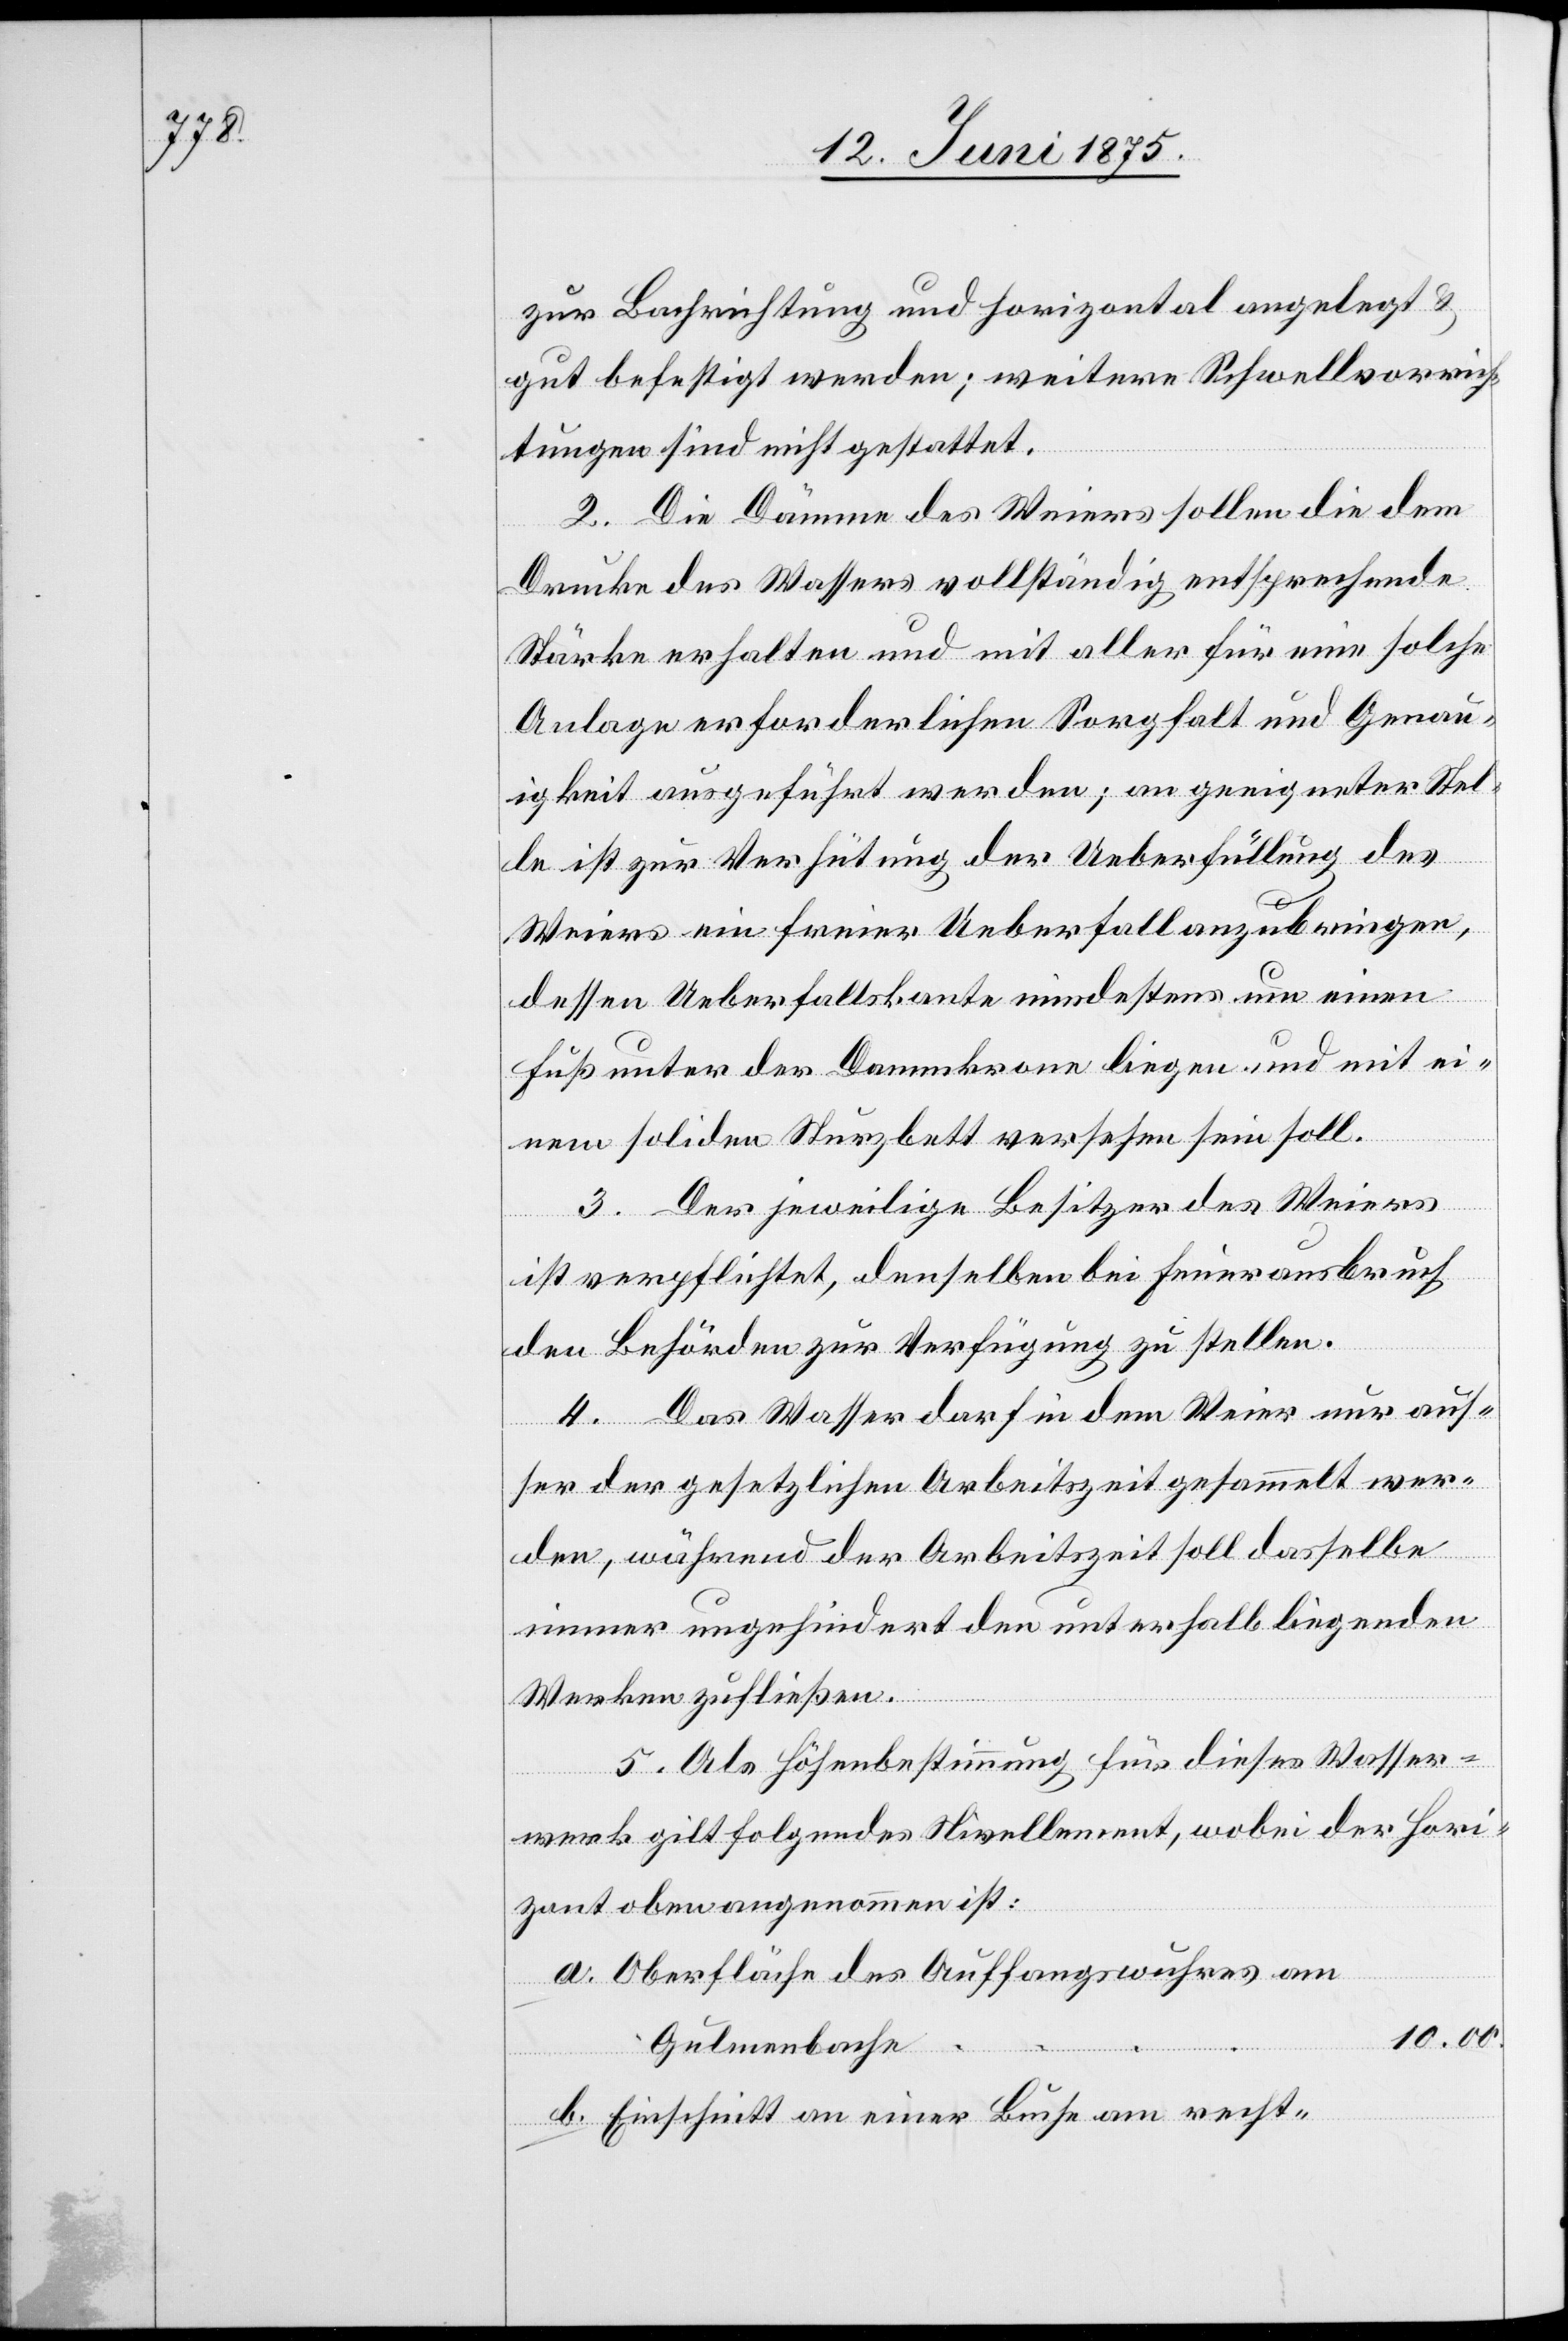
zur Bachrichtung und horizontal angelegt &
gut befestigt werden; weitere Schwellvorrich¬
tungen sind nicht gestattet.
2. Die Dämme des Weiser sollen die dem
Drucke des Wassers vollständig entsprechende
Stärke erhalten und mit aller für eine solche
Anlage erforderlichen Sorgfalt und Genau¬
igkeit ausgeführt werden; an geeigneter Stel¬
le ist zur Verhütung der Ueberfüllung des
b.
Weiers ein freier Ueberfall anzubringen,
dessen Ueberfallskante mindestens um einen
Fuß unter der Dammkrone liegen und mit ei¬
nem soliden Sturzbett versehen sein soll.
3. Der jeweilige Besitzer des Weiers
ist verpflichtet, denselben bei Feuerausbruch
den Behörden zur Verfügung zu stellen.
4. Das Wasser darf in dem Weier nur aus¬
ser der gesetzlichen Arbeitszeit gesammelt wer¬
den, während der Arbeitszeit soll dasselbe
immer ungehindert unterhalb liegenden
Werken zufließen.
5. Als Höhnbestimmung für dieses Wasser¬
werk gilt folgendes Nivellement, wobei der Hori¬
zont oben angenommen ist:
Oberfläche des Auffangswuhres am
10.00.
Gulmenbache
Einschnitt an einer Buche am rechts-